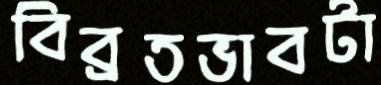
বিব্রতভাবটা